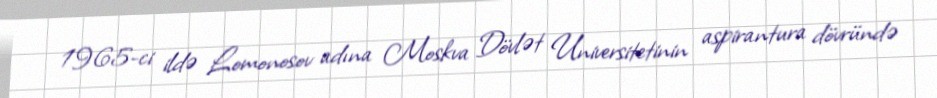
1965-ci ildə Lomonosov adına Moskva Dövlət Universitetinin aspirantura dövründə